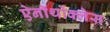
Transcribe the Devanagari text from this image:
ऐनॉर्थोक्लेस